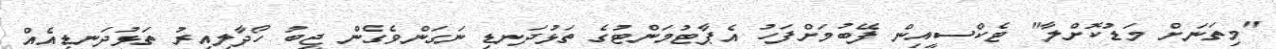
"މިތަނަށް މަޑުކޮށްލާ" ޓެކްސީއިން ފޭބުމަށްފަހު އެޕާޓުމަންޓުގެ ތަޅުދަނޑި ނަގަންވެގެން ޖީބު ހޯދާލިއިރު ތަޅުދަނޑިއެއް